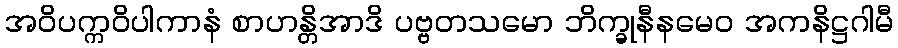
အဝိပက္ကဝိပါကာနံ စာဟန္တိအာဒိ ပဗ္ဗတသမော ဘိက္ခုနီနမေဝ အကနိဋ္ဌဂါမီ